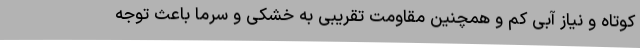
کوتاه و نیاز آبی کم و همچنین مقاومت تقریبی به خشکی و سرما باعث توجه